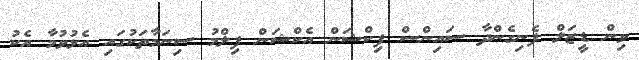
ވިން ޑީޒަލް ފެނިގެންދާ ސައިންސް ފިކްޝަން އެކްޝަން ފިލްމު ސިނަމާތަކުގައި އެޅުވުމާ އެކު